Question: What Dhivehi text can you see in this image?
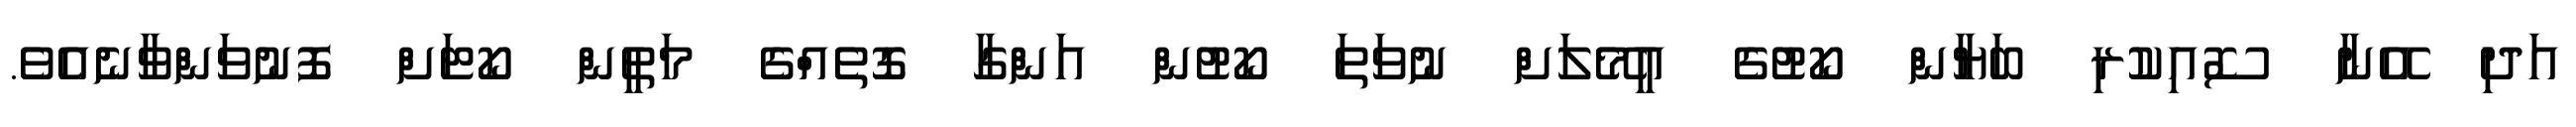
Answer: އަދި އޭނާ ސޮއިކުރި ބަޔާން ކޯޓުގެ އީމޭލަށް ނުވަތަ ކޯޓުން އަންގާ ގޮތެއްގެ މަތީން ކޯޓަށް ފޮނުވަންވާނެއެވެ.